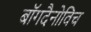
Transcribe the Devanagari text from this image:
बॉगदैनोविच